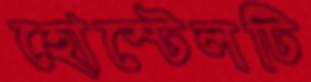
হোস্টেলটি